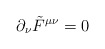
\begin{align*}\partial_\nu\tilde{F}^{\mu\nu}=0\end{align*}